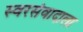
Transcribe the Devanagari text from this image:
स्वरसंवादाला